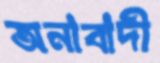
অনাবাদী